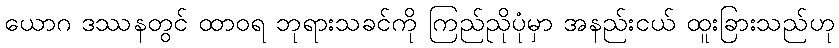
ယောဂ ဒဿနတွင် ထာဝရ ဘုရားသခင်ကို ကြည်ညိုပုံမှာ အနည်းငယ် ထူးခြားသည်ဟု